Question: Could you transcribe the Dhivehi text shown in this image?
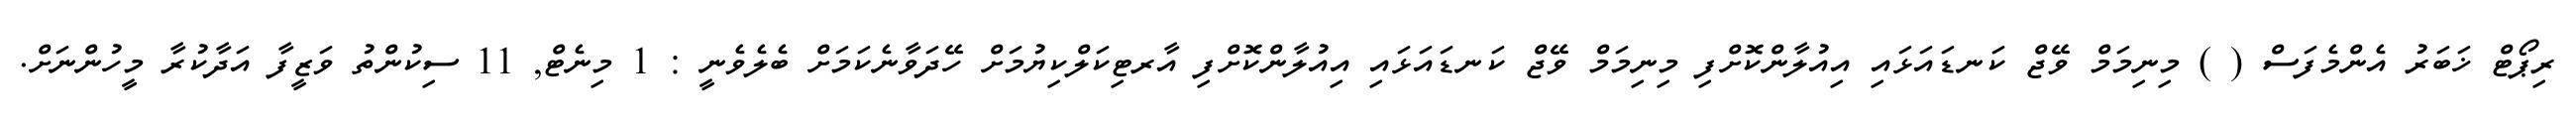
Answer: ރިޕޯޓް ޚަބަރު އެންމެފަސް ( ) މިނިމަމް ވޭޖް ކަނޑައަޅައި އިއުލާންކޮށްފި މިނިމަމް ވޭޖް ކަނޑައަޅައި އިއުލާންކޮށްފި އާރޓިކަލްކިޔުމަށް ހޭދަވާނެކަމަށް ބެލެވެނީ : 1 މިނެޓް, 11 ސިކުންތު ވަޒީފާ އަދާކުރާ މީހުންނަށް.